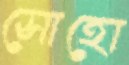
সোহো